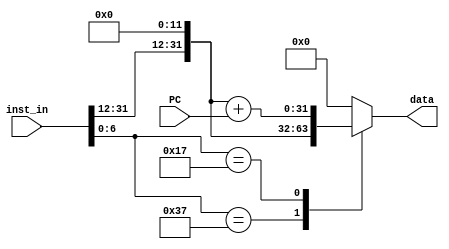
`timescale 1ps / 1ps
//////////////////////////////////////////////////////////////////////////////////
// Company: 
// Engineer: 
// 
// Design Name: 
// Module Name: LUI_or_AUIPC
// Project Name: 
// Target Devices: 
// Tool Versions: 
// Description: 
// 
// Dependencies: 
// 
// Revision:
// Revision 0.01 - File Created
// Additional Comments:
// 
//////////////////////////////////////////////////////////////////////////////////


module LUI_or_AUIPC(
        input [31:0] inst_in,
        input [31:0] PC,
        output reg [31:0] data
    );
    always @ (*) begin
        data = 32'h0;
        case (inst_in[6:0])
            7'b0110111: data = {inst_in[31:12], 12'b0};
            7'b0010111: data = {inst_in[31:12], 12'b0} + PC;
        endcase
    end
        
endmodule